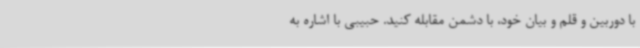
با دوربین و قلم و بیان خود، با دشمن مقابله کنید. حبیبی با اشاره به